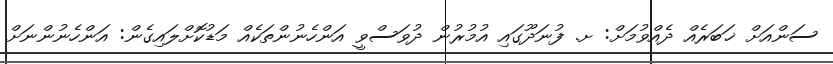
ސަންއަށް ޚަބަރެއް ދެއްވުމަށް: ށ. ފުނަދޫގައި އުމުރުން ދުވަސްވީ އަންހެނުންތަކެއް މަޑުކޮށްލައިގެން: އަންހެނުންނަށް